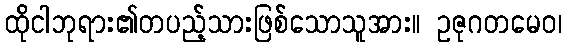
ထိုငါဘုရား၏တပည့်သားဖြစ်သောသူအား။ ဥဇုဂတမေဝ၊